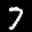
Label: 7